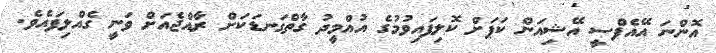
އޮންނަ އޭއެފްސީ އޭޝިއަން ކަޕަށް ކޮލިފައިވުމުގެ އުއްމީދު ގާތްގަނޑަކަށް ރާއްޖެއަށް ވަނީ ގެއްލިފައެވެ.